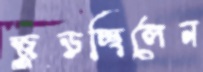
জুড়চ্ছিলেন